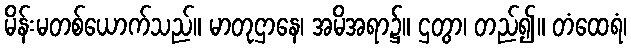
မိန်းမတစ်ယောက်သည်။ မာတုဌာနေ၊ အမိအရာ၌။ ဌတွာ၊ တည်၍။ တံထေရံ၊